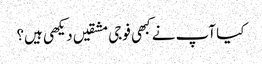
کیا آپ نے کبھی فوجی مشقیں دیکھی ہیں؟